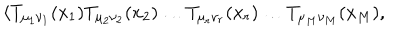
LaTeX: { \langle T _ { \mu _ { 1 } \nu _ { 1 } } ( x _ { 1 } ) T _ { \mu _ { 2 } \nu _ { 2 } } ( x _ { 2 } ) \dots T _ { \mu _ { r } \nu _ { r } } ( x _ { r } ) \dots T _ { \mu _ { M } \nu _ { M } } ( x _ { M } ) , }